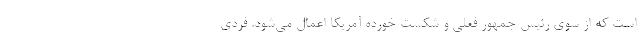
است که از سوی رئیس جمهور فعلی و شکست خورده آمریکا اعمال می‌شود. فردی